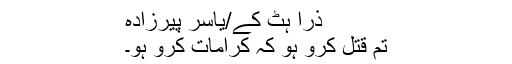
ذرا ہٹ کے/یاسر پیرزادہ
تم قتل کرو ہو کہ کرامات کرو ہو۔